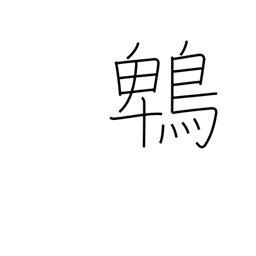
Meaning: brown eared bulbul